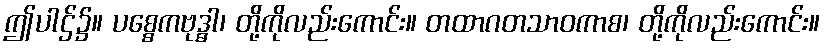
ဤပါဌ်၌။ ပစ္စေကဗုဒ္ဓါ၊ တို့ကိုလည်းကောင်း။ တထာဂတသာဝကာစ၊ တို့ကိုလည်းကောင်း။